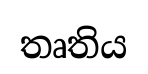
තෘතිය